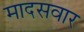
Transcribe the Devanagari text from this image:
मादसवार